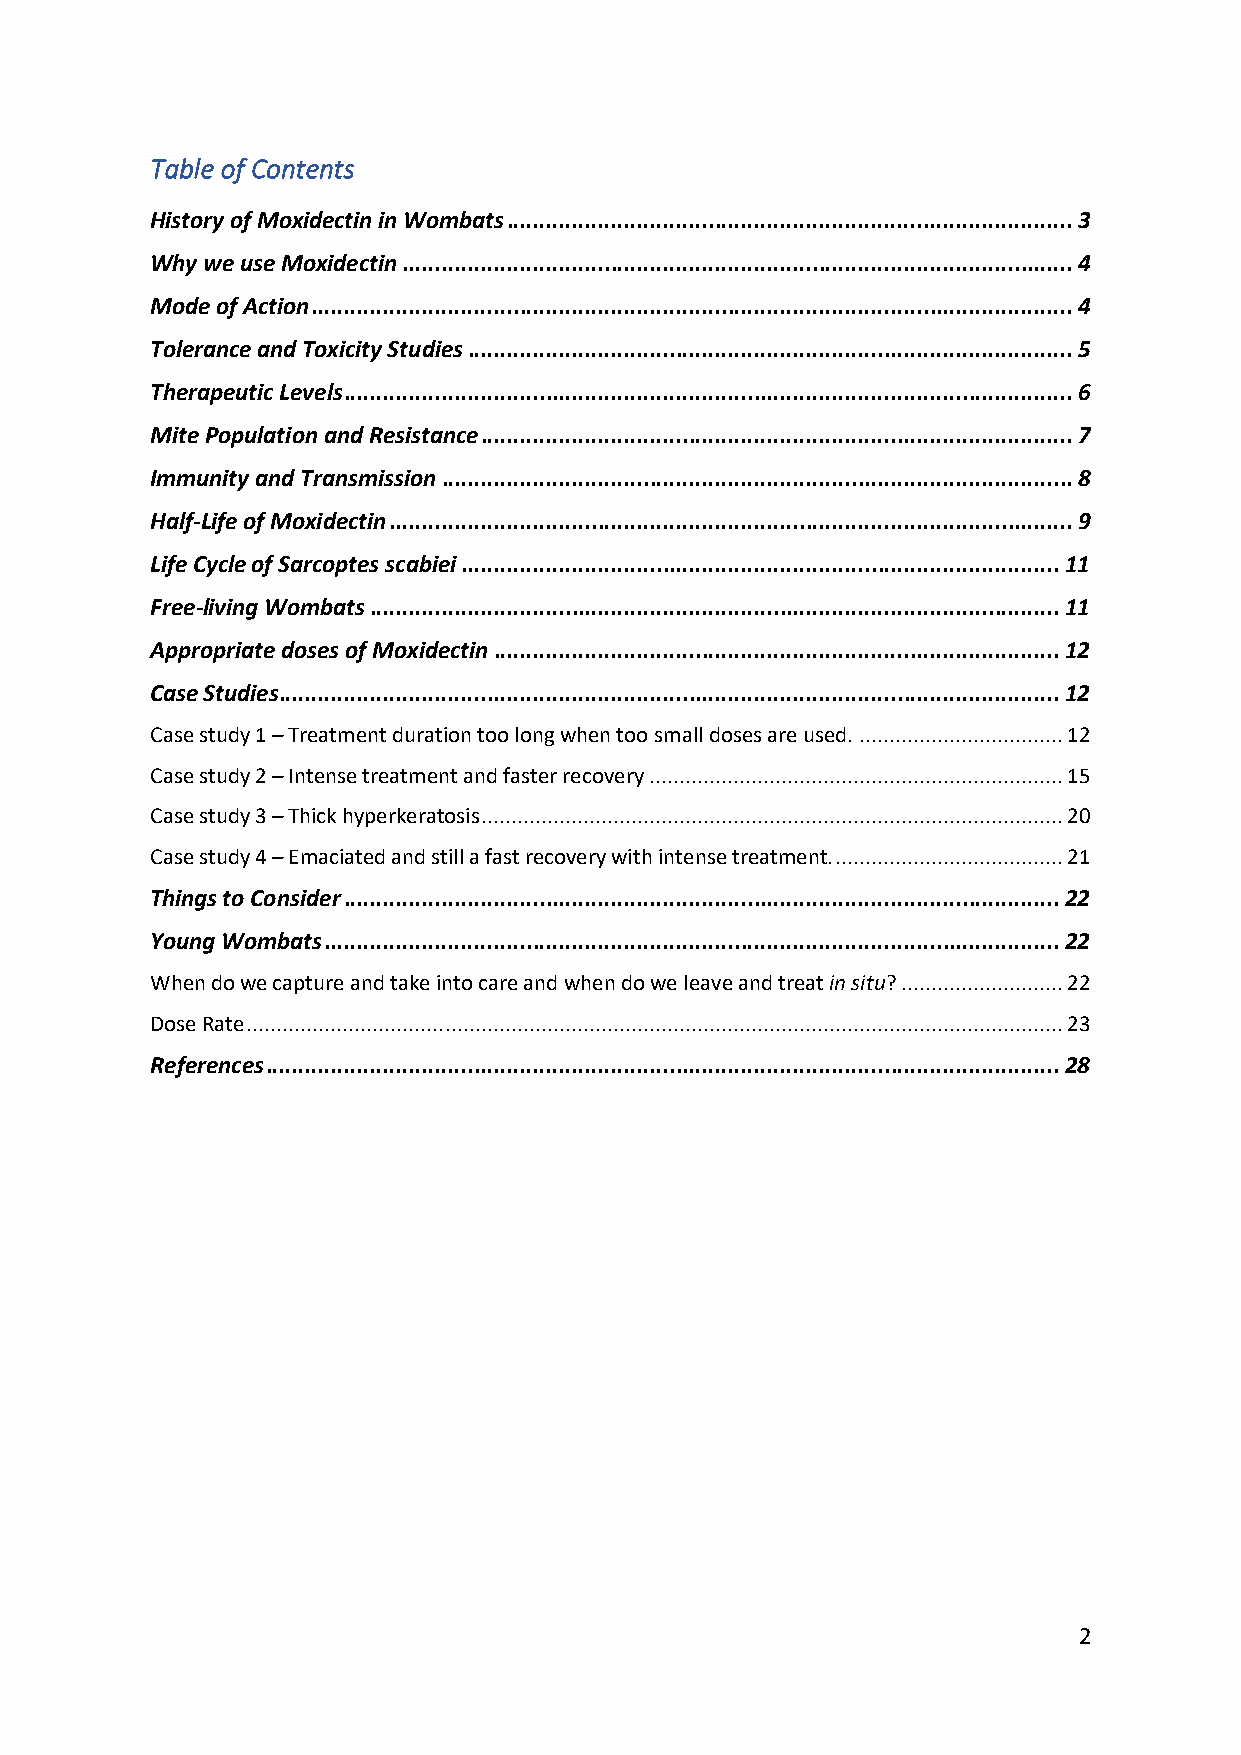
Table of Contents
 History of Moxidectin in Wombats ....................................................................................... 3
 Why we use Moxidectin ....................................................................................................... 4
 Mode of Action ..................................................................................................................... 4
 Tolerance and Toxicity Studies ............................................................................................. 5
 Therapeutic Levels ................................................................................................................ 6
 Mite Population and Resistance ........................................................................................... 7
 Immunity and Transmission ................................................................................................. 8
 Half-Life of Moxidectin ......................................................................................................... 9
 Life Cycle of Sarcoptes scabiei ............................................................................................ 11
 Free-living Wombats .......................................................................................................... 11
 Appropriate doses of Moxidectin ....................................................................................... 12
 Case Studies ........................................................................................................................ 12
 Case study 1 – Treatment duration too long when too small doses are used. .................................. 12
 Case study 2 – Intense treatment and faster recovery ..................................................................... 15
 Case study 3 – Thick hyperkeratosis ................................................................................................. 20
 Case study 4 – Emaciated and still a fast recovery with intense treatment. ...................................... 21
 Things to Consider .............................................................................................................. 22
 Young Wombats ................................................................................................................. 22
 When do we capture and take into care and when do we leave and treat in situ? ........................... 22
 Dose Rate ........................................................................................................................................ 23
 References .......................................................................................................................... 28
 2